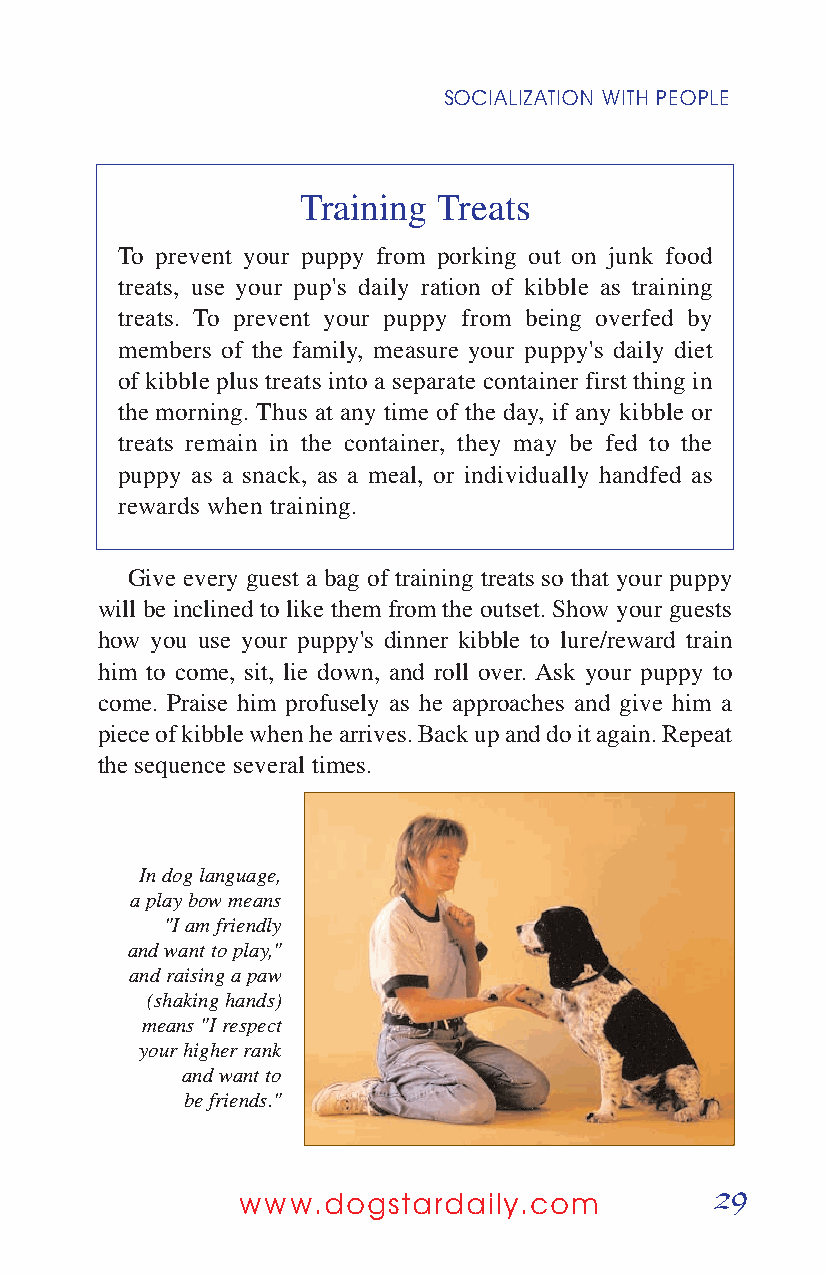
SOCIALIZATION WITH PEOPLE
 Training Treats
 To prevent your puppy from porking out on junk food
 treats, use your pup's daily ration of kibble as training
 treats. To prevent your puppy from being overfed by
 members of the family, measure your puppy's daily diet
 of kibble plus treats into a separate container first thing in
 the morning. Thus at any time of the day, if any kibble or
 treats remain in the container, they may be fed to the
 puppy as a snack, as a meal, or individually handfed as
 rewards when training.
 Give every guest a bag of training treats so that your puppy
 will be inclined to like them from the outset. Show your guests
 how you use your puppy's dinner kibble to lure/reward train
 him to come, sit, lie down, and roll over. Ask your puppy to
 come. Praise him profusely as he approaches and give him a
 piece of kibble when he arrives. Back up and do it again. Repeat
 the sequence several times.
 In dog language,
 a play bow means
 "I am friendly
 and want to play,"
 and raising a paw
 (shaking hands)
 means "I respect
 your higher rank
 and want to
 be friends."
 29
 www.dogstardaily.com